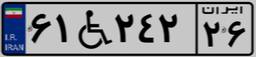
۶۱W۲۴۲۲۶